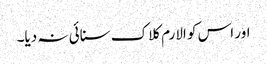
اور اس کو الارم کلاک سنائی نہ دیا۔